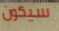
سيكون